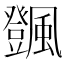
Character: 𩙄